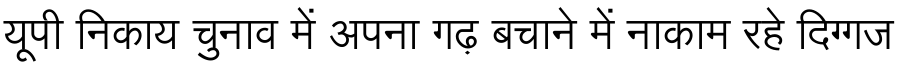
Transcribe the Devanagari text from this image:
यूपी निकाय चुनाव में अपना गढ़ बचाने में नाकाम रहे दिग्गज